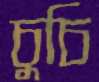
চুচি